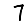
Digit: 7